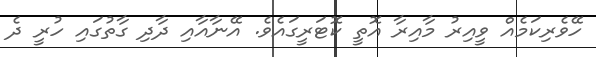
ހޭވެރިކަމެއް ވީއިރު މާއިރާ އޮތީ ކޮޓަރީގައެވެ. އޭނާއާއި ދާދި ގާތުގައި ހުރީ ދެ